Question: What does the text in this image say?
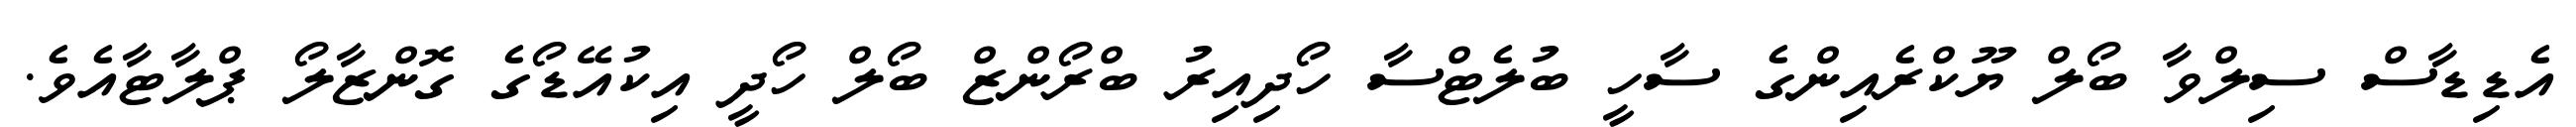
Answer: އެޑިޑާސް ސިލްވާ ބޯލް ޔޫކްރެއިންގެ ސާހީ ބުލެޓްސާ ހޯދިއިރު ބްރޯންޒް ބޯލް ހޯދީ އިކުއޭޑޯގެ ގޮންޒާލޯ ޕްލާޓާއެވެ.